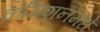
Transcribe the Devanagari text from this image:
कमिशनमधे